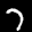
Label: 7